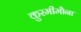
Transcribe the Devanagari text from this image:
कुरमीमौना